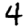
Digit: 4